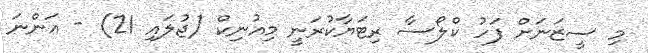
މި ސީޒަނަށް ފަހު ކްލޯސާ ރިޓަޔާކުރަނީ މިއުނިކް (ޖުލައި 21) - އަންނަ